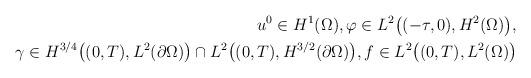
LaTeX: \begin{align*} u^{0} \in H^{1}(\Omega), \varphi \in L^{2}\big((-\tau, 0), H^{2}(\Omega)\big), \\ \gamma \in H^{3/4}\big((0, T), L^{2}(\partial \Omega)\big) \cap L^{2}\big((0, T), H^{3/2}(\partial \Omega)\big), f \in L^{2}\big((0, T), L^{2}(\Omega)\big) \end{align*}